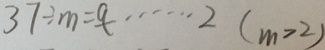
3 7 \div m = 9 \cdots 2 ( m > 2 )